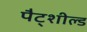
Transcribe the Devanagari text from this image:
पैट्शील्ड